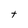
Character: t